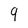
Character: 9